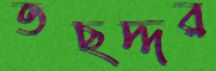
তছদ্দর